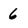
Character: 6